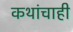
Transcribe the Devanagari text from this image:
कथांचाही